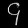
Digit: ၄